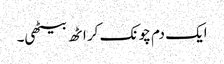
ایک دم چونک کر اٹھ بیٹھی۔